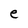
Character: e